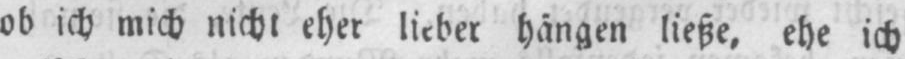
ob ich mich nicht eher lieber hängen ließe, ehe ich